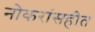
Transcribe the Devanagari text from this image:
नोकरांसहीत